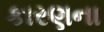
કારણના